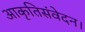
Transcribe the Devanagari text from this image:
आकृतिसंवेदन।